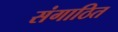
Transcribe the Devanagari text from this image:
संगाठित